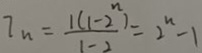
I _ { n } = \frac { 1 ( 1 - 2 ^ { n } ) } { 1 - 2 } = 2 ^ { n } - 1